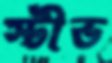
স্টীভ